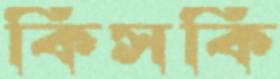
কিসকি